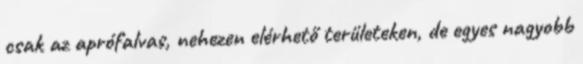
csak az aprófalvas, nehezen elérhető területeken, de egyes nagyobb